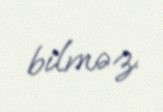
bilməz.